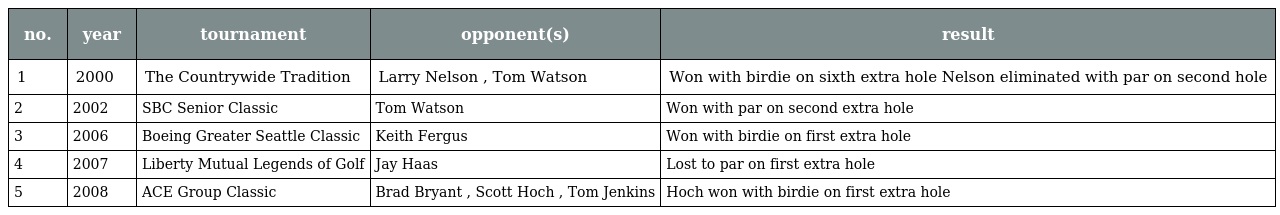
| no. | year | tournament | opponent(s) | result |
 | --- | --- | --- | --- | --- |
 | 1 | 2000 | The Countrywide Tradition | Larry Nelson , Tom Watson | Won with birdie on sixth extra hole Nelson eliminated with par on second hole |
 | 2 | 2002 | SBC Senior Classic | Tom Watson | Won with par on second extra hole |
 | 3 | 2006 | Boeing Greater Seattle Classic | Keith Fergus | Won with birdie on first extra hole |
 | 4 | 2007 | Liberty Mutual Legends of Golf | Jay Haas | Lost to par on first extra hole |
 | 5 | 2008 | ACE Group Classic | Brad Bryant , Scott Hoch , Tom Jenkins | Hoch won with birdie on first extra hole |